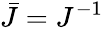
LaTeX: {\bar{J}}=J^{-1}